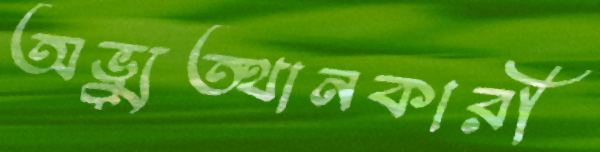
অভ্যুত্থানকারী